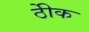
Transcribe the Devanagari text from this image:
ठीेक